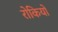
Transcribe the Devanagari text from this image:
रोकियो